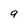
Character: 9